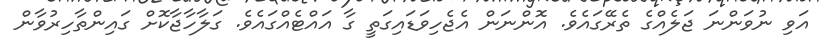
އަވި ނުވަންނަ ޖަލެއްގެ ތެރޭގައެވެ. އޮންނަަން އެޖެހިވަޑައިގަތީ ގާ އައްޓެއްގައެވެ. ގަލާހާޖާކޮށް ގައިންތާހިރުވާން